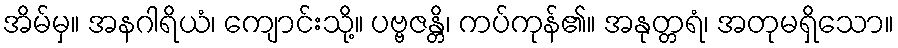
အိမ်မှ။ အနဂါရိယံ၊ ကျောင်းသို့။ ပဗ္ဗဇန္တိ၊ ကပ်ကုန်၏။ အနုတ္တရံ၊ အတုမရှိသော။